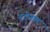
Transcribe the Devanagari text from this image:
दर्दनाम